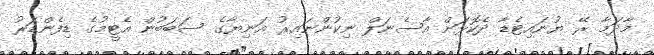
މާދަމާ ރޭ ޔުނައިޓެޑާ ދެކޮޅަށް އާސެނަލް ނިކުންނައިރު އަނިޔާގެ ސަބަބުން އެޓީމުގެ ޑިފެންޑަރު